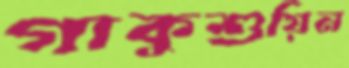
গাকুশুয়িন